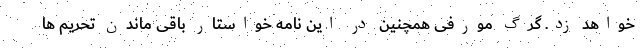
خواهد زد. گرگ مورفی همچنین در این نامه خواستار باقی ماندن تحریم ها